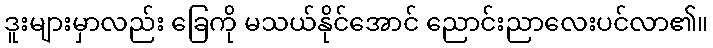
ဒူးများမှာလည်း ခြေကို မသယ်နိုင်အောင် ညောင်းညာလေးပင်လာ၏။